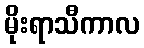
မိုးရာသီကာလ